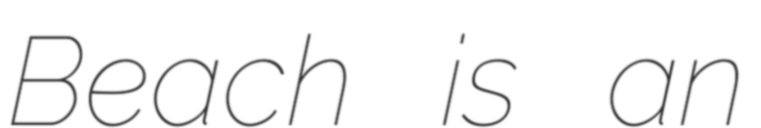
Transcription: Beach is an